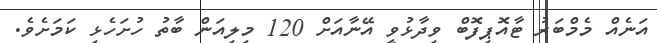
އަނެއް މެމްބަރު ޓާއޮޕިފޮބް ވިދާޅުވީ އޭނާއަށް 120 މިލިއަން ބާތު ހުށަހެޅި ކަމަށެވެ.